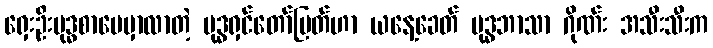
ရှေးဦးဗုဒ္ဓစာပေမှာလာတဲ့ ဗုဒ္ဓရှင်တော်မြတ်ဟာ ယနေ့ခေတ် ဗုဒ္ဓဘာသာ ဂိုဏ်း အသီးသီးက